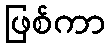
ဖြစ်ကာ